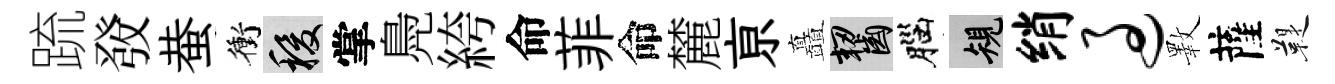
䟽𤼲蛬衝稷掌鳧絝命菲命麓亰矗齧腦規绡过斁薩鞮